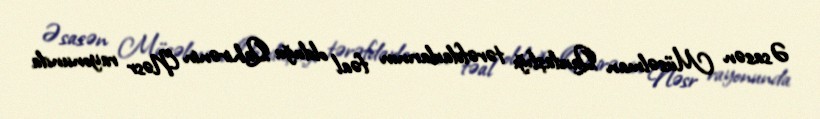
Əsasən Müsəlman Qardaşlığı tərəfdarlarının fəal olduğu Qahirənin Nəsr rayonunda